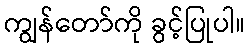
ကျွန်တော်ကို ခွင့်ပြုပါ။